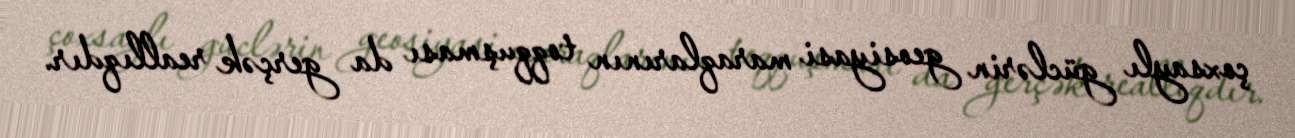
çoxsaylı güclərin geosiyasi maraqlarının toqquşması da gerçək reallıqdır.